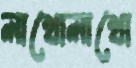
লাখোলাখো